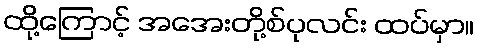
ထို့ကြောင့် အအေးတို့စ်ပုလင်း ထပ်မှာ။